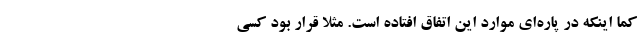
کما اینکه در پاره‌ای موارد این اتفاق افتاده است. مثلا قرار بود کسی